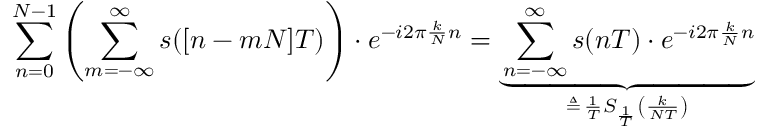
\sum _ { n = 0 } ^ { N - 1 } \left( \sum _ { m = - \infty } ^ { \infty } s ( [ n - m N ] T ) \right) \cdot e ^ { - i 2 \pi { \frac { k } { N } } n } = \underbrace { \sum _ { n = - \infty } ^ { \infty } s ( n T ) \cdot e ^ { - i 2 \pi { \frac { k } { N } } n } } _ { \triangleq \, { \frac { 1 } { T } } S _ { \frac { 1 } { T } } \left( { \frac { k } { N T } } \right) }